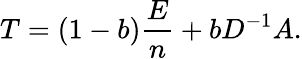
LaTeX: T=(1-b)\frac{E}{n}+bD^{-1}A.